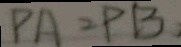
P A = P B